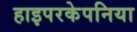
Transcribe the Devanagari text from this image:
हाइपरकेपनिया